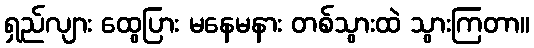
ရှည်လျား ထွေပြား မနေမနား တစ်သွားထဲ သွားကြတာ။